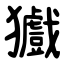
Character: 㺣